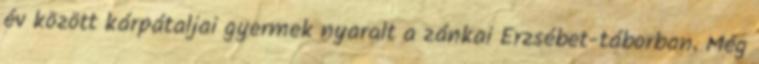
év között kárpátaljai gyermek nyaralt a zánkai Erzsébet-táborban. Még